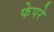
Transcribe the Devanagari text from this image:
फेपरे